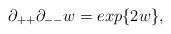
LaTeX: \begin{align*}\partial_{++} \partial_{--} w = exp\{ 2w \},\end{align*}